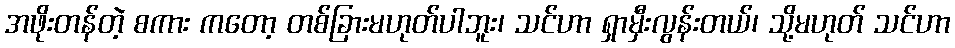
အဖိုးတန်တဲ့ စကား ကတော့ တစ်ခြားမဟုတ်ပါဘူး၊ သင်ဟာ ရှာမှီးလွန်းတယ်၊ သို့မဟုတ် သင်ဟာ